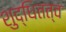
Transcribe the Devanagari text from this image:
शुद्धितत्व